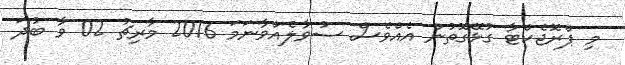
މި ޕްރޮޖެކްޓާ ގުޅޭގޮތުން އެއްވެސް ސުވާލެއްވާނަމަ 2016 މާރިޗު 02 ވާ ބުދަ